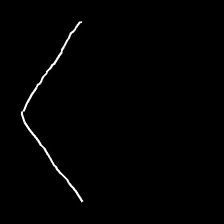
Glyph: region